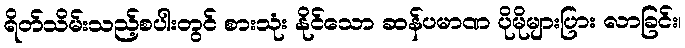
ရိတ်သိမ်းသည့်စပါးတွင် စားသုံး နိုင်သော ဆန်ပမာဏ ပိုမိုများပြား လာခြင်း၊